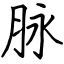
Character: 脉